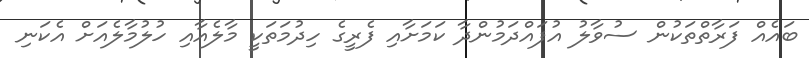
ބައެއް ފަރާތްތަކުން ސުވާލު އުފައްދަމުންދާ ކަމަށާއި ފެރީގެ ހިދުމަތަކީ މާލެއާއި ހުލުމާލެއަށް އެކަނި